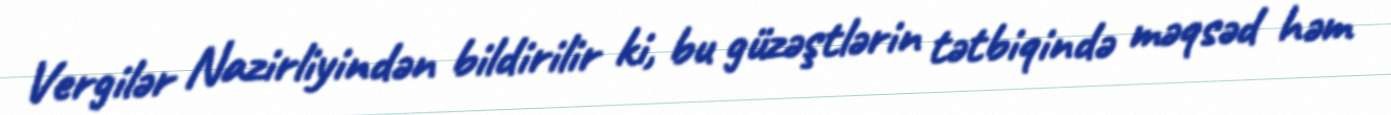
Vergilər Nazirliyindən bildirilir ki, bu güzəştlərin tətbiqində məqsəd həm